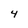
Character: 4